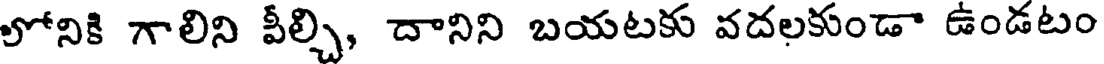
లోనికి గాలిని వీల్చి, దానిని బయటకు వదలకుండా ఉండటం